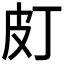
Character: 𤿆